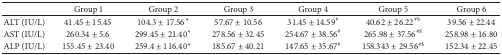
<table><thead><tr><td><b> </b></td><td><b>Group 1</b></td><td><b>Group 2</b></td><td><b>Group 3</b></td><td><b>Group 4</b></td><td><b>Group 5</b></td><td><b>Group 6</b></td></tr></thead><tbody><tr><td>ALT (IU/L)</td><td>41.45 ± 15.45</td><td>104.3 ± 17.56*</td><td>57.67 ± 10.56</td><td>31.45 ± 14.59<sup>#</sup></td><td>40.62 ± 26.22<sup>#$</sup></td><td>39.56 ± 22.44</td></tr><tr><td>AST (IU/L)</td><td>260.34 ± 5.6</td><td>299.45 ± 21.40*</td><td>278.56 ± 32.45</td><td>254.67 ± 38.56<sup>#</sup></td><td>265.98 ± 37.56<sup>#$</sup></td><td>258.98 ± 16.80</td></tr><tr><td>ALP (IU/L)</td><td>155.45 ± 23.40</td><td>259.4 ± 116.40*</td><td>185.67 ± 40.21</td><td>147.65 ± 35.67<sup>#</sup></td><td>158.343 ± 29.56<sup>#$</sup></td><td>152.34 ± 22.45</td></tr></tbody></table>